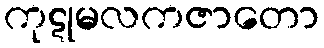
ကုဋုမလကဇာတော